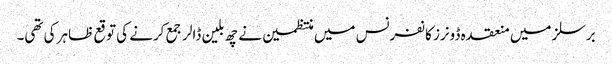
برسلز میں منعقدہ ڈونرز کانفرنس میں منتظمین نے چھ بلین ڈالر جمع کرنے کی توقع ظاہر کی تھی۔